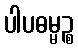
ပါပဓမ္မဉ္စ